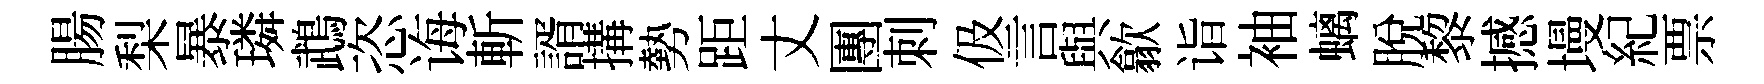
腸梨暴璘鵡恣诲斬諝搆勢距丈團刺伋言與歙诣袖螭脫黎撼墁紀票